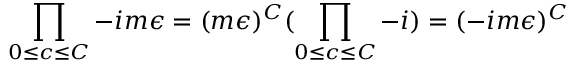
\prod _ { 0 \leq c \leq C } - i m \epsilon = ( m \epsilon ) ^ { C } ( \prod _ { 0 \leq c \leq C } - i ) = ( - i m \epsilon ) ^ { C }